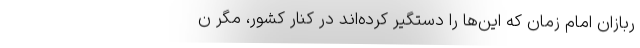
ربازان امام زمان که این‌ها را دستگیر کرده‌اند در کنار کشور، مگر ن